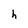
Character: h